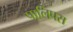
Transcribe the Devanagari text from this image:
पालिपस